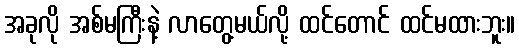
အခုလို အစ်မကြီးနဲ့ လာတွေ့မယ်လို့ ထင်တောင် ထင်မထားဘူး။